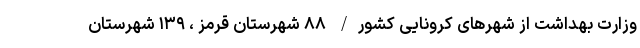
وزارت بهداشت از شهرهای کرونایی کشور/ ۸۸ شهرستان قرمز ، ۱۳۹ شهرستان